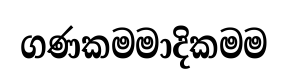
ගණකමමාදිකමම